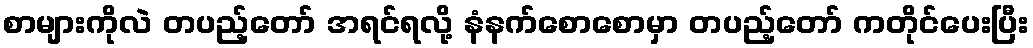
စာများကိုလဲ တပည့်တော် အရင်ရလို့ နံနက်စောစောမှာ တပည့်တော် ကတိုင်ပေးပြီး